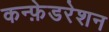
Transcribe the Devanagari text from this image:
कन्फ़ेडरेशन